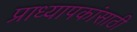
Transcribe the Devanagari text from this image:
प्राध्यापकांसाठी